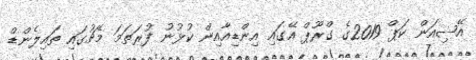
އޭޝިއަން ކަޕް 2019ގެ ގްރޫޕް އޭގައި އިންޑިއާއިން ކުޅުނު ފުރަތަމަ މެޗުގައި ތައިލެންޑް